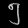
Digit: ၅